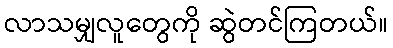
လာသမျှလူတွေကို ဆွဲတင်ကြတယ်။